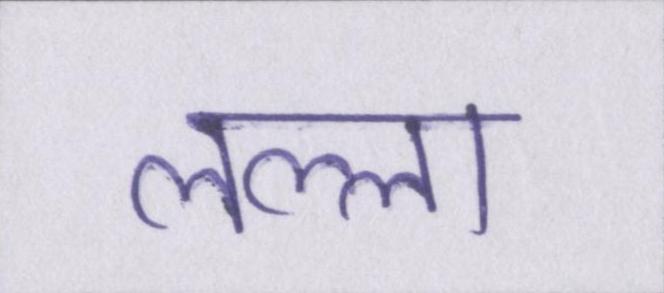
लल्ला